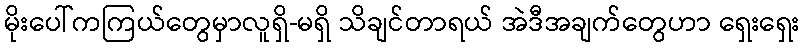
မိုးပေါ်ကကြယ်တွေမှာလူရှိ-မရှိ သိချင်တာရယ် အဲဒီအချက်တွေဟာ ရှေးရှေး